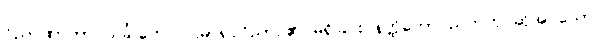
ဝိညာဏာဘာဝသင်္ခါတေ၊ ပဌမာရုပ္ပဝိညာဉ်၏ မရှိခြင်း နတ္ထိဘောပညတ်ဟု ဆိုအပ်သော။